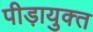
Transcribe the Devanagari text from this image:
पीड़ायुक्‍त